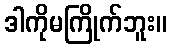
ဒါကိုမကြိုက်ဘူး။